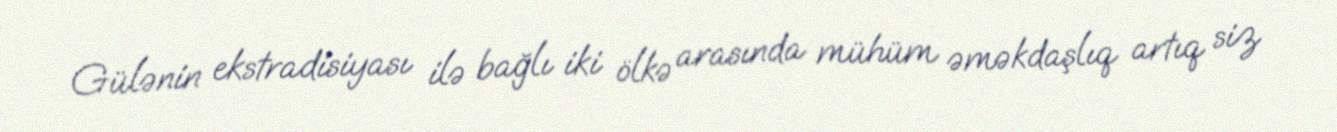
Gülənin ekstradisiyası ilə bağlı iki ölkə arasında mühüm əməkdaşlıq artıq siz